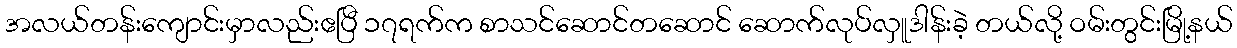
အလယ်တန်းကျောင်းမှာလည်းဧပြီ ၁၇ရက်က စာသင်ဆောင်တဆောင် ဆောက်လုပ်လှူဒါန်းခဲ့ တယ်လို့ ဝမ်းတွင်းမြို့နယ်